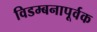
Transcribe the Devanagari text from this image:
विडम्बनापूर्वक